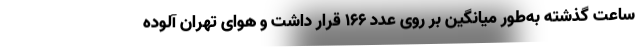
ساعت گذشته به‌طور میانگین بر روی عدد ۱۶۶ قرار داشت و هوای تهران آلوده